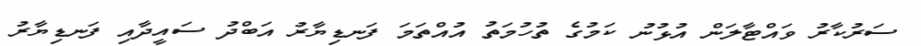
ސަރުކާރު ވައްޓާލަން އުޅުނު ކަމުގެ ތުހުމަތު އުއްތަމަ ފަނޑިޔާރު އަބްދު ސައީދާއި ފަނޑިޔާރު